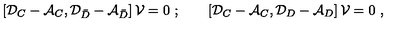
\left[ { \cal D } _ { C } - { \cal A } _ { C } , { \cal D } _ { \bar { D } } - { \cal A } _ { \bar { D } } \right] { \cal V } = 0 \ ; \qquad \left[ { \cal D } _ { C } - { \cal A } _ { C } , { \cal D } _ { D } - { \cal A } _ { D } \right] { \cal V } = 0 \ ,